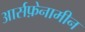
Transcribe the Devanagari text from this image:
आर्सफ़ेनामीन